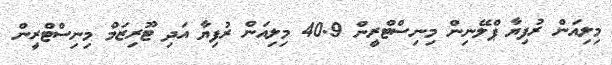
މިލިއަން ރުފިޔާ ޕްލޭނިން މިނިސްޓްރީން 40.9 މިލިއަން ރުފިޔާ އަދި ޓޫރިޒަމް މިނިސްޓްރީން